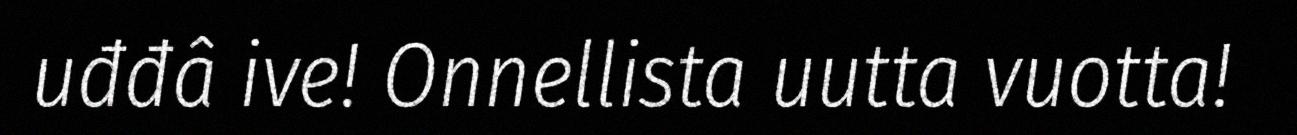
uđđâ ive! Onnellista uutta vuotta!